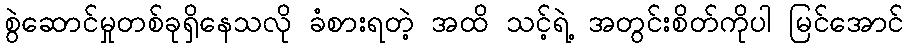
စွဲဆောင်မှုတစ်ခုရှိနေသလို ခံစားရတဲ့ အထိ သင့်ရဲ့ အတွင်းစိတ်ကိုပါ မြင်အောင်